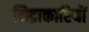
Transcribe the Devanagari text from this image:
निद्राकारियों